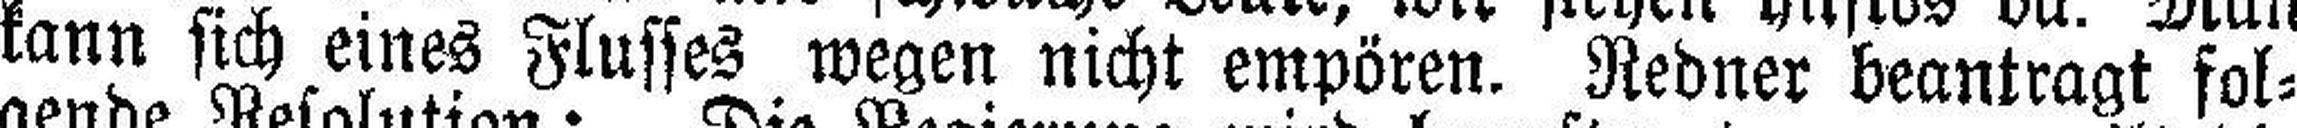
kann sich eines Flusses wegen nicht empören. Redner beantragt fol¬